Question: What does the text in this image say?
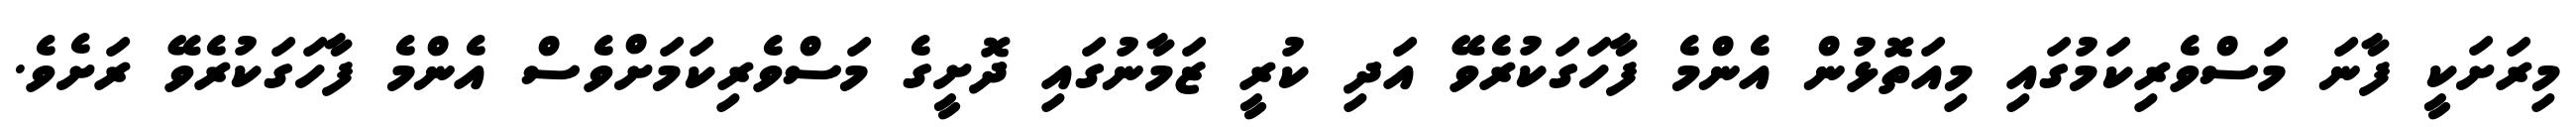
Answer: މިރަށަކީ ފާނަ މަސްވެރިކަމުގައި މިއަތޮޅުން އެންމެ ފާހަގަކުރެވޭ އަދި ކުރީ ޒަމާނުގައި ދޮށީގެ މަސްވެރިކަމަށްވެސް އެންމެ ފާހަގަކުރެވޭ ރަށެވެ.